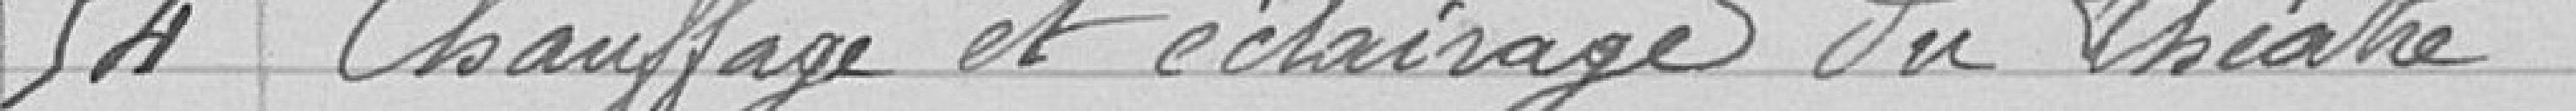
54 Chauffage et éclairage du théâtre